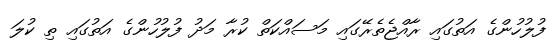
ފުލުހުންގެ އަތުގައި ރާއްޖެތެރޭގައި މަސައްކަތް ކުރާ މަދު ފުލުހުންގެ އަތުގައި ތި ކުލަ